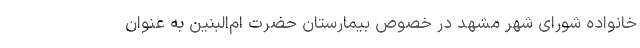
خانواده شورای شهر مشهد در خصوص بیمارستان حضرت ام‌البنین به عنوان